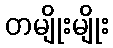
တမျိုးမျိုး